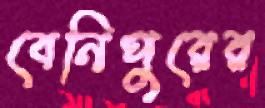
বেনিপুরের